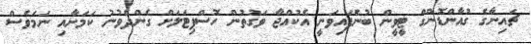
ޗައިނާގެ ގުއާންޑޮންގް ޓީވީން ބުނެފައިވަނީ އެކުއްޖާ ވަގުތުން ހޮސްޕިޓަލަށް ގެންދެވުނު ކަމަށާއި ނަމަވެސް